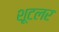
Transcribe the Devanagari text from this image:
शूटलर